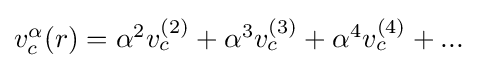
{\textstyle v_{c}^{\alpha }(r)=\alpha ^{2}v_{c}^{(2)}+\alpha ^{3}v_{c}^{(3)}+\alpha ^{4}v_{c}^{(4)}+...}